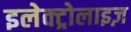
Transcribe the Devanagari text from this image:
इलेक्ट्रोलाइज़